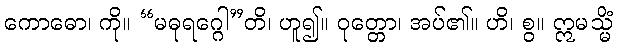
ကောဓော၊ ကို။ “မဓုရဂ္ဂေါ”တိ၊ ဟူ၍။ ဝုတ္တော၊ အပ်၏။ ဟိ၊ စွ။ ဣမသ္မိံ